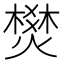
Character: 燓